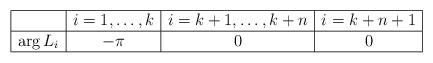
LaTeX: \begin{align*} \begin{array}{|c|c|c|c|} \hline &i=1,\ldots ,k & i=k+1,\ldots ,k+n & i=k+n+1 \\ \hline \arg L_i &-\pi & 0 & 0 \\ \hline \end{array} \end{align*}